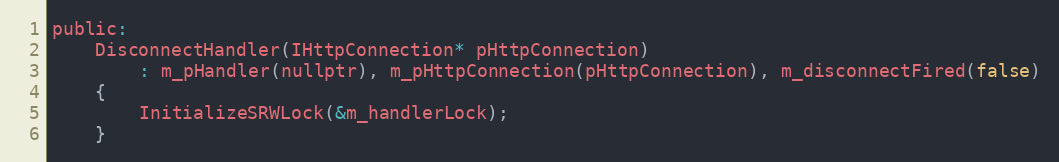
Language: C
public:
    DisconnectHandler(IHttpConnection* pHttpConnection)
        : m_pHandler(nullptr), m_pHttpConnection(pHttpConnection), m_disconnectFired(false)
    {
        InitializeSRWLock(&m_handlerLock);
    }